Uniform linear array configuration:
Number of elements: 4
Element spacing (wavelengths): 0.5
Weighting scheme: hamming
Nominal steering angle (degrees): -45
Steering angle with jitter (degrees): -44.135
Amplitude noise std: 0.05
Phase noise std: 0.05

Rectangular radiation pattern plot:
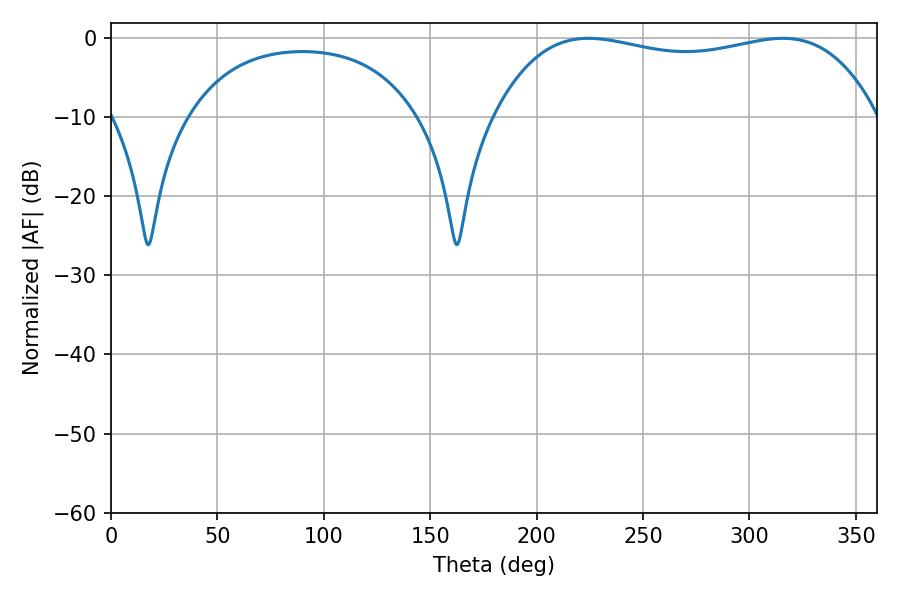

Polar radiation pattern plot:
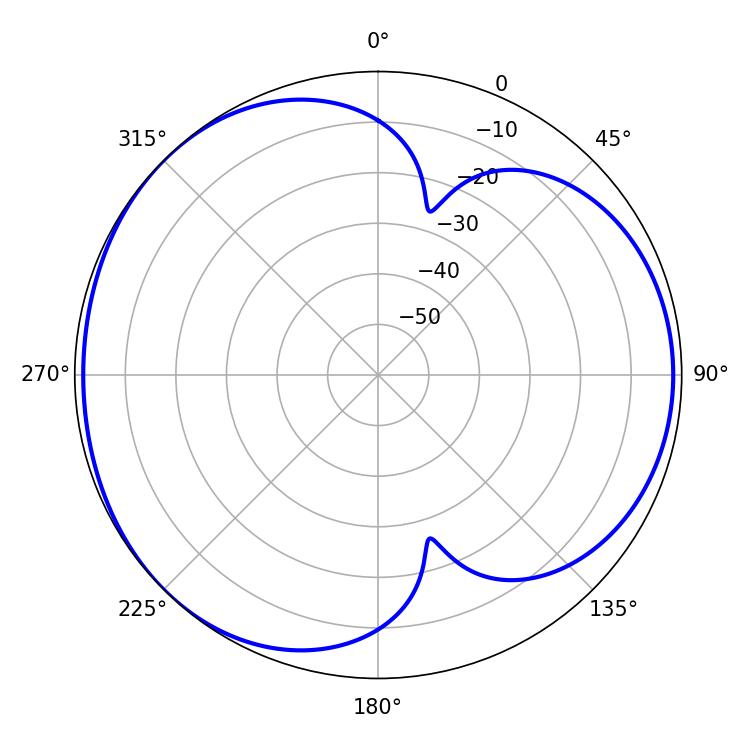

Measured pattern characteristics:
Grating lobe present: FALSE
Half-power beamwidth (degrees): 145.08
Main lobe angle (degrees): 224.28